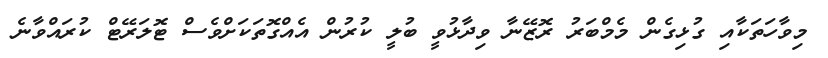
މިވާހަތަކާއި ގުޅިގެން މެމްބަރު ރޮޒޭނާ ވިދާޅުވީ ބުލީ ކުރުން އެއްގޮތަކަށްވެސް ޓޮލަރޭޓް ކުރައްވާނެ